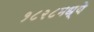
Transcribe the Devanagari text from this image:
१८२८मध्ये